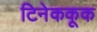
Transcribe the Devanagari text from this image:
टिनेककूक